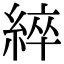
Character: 綷